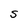
Character: S